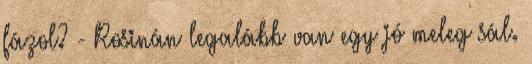
fázol? - Rosinán legalább van egy jó meleg sál.